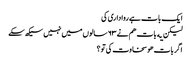
ایک بات ہے روا داری کی
لیکن یه بات هم نے ٦٣ سالوں میں نہیں سیکھ سکے
اگر بات هو سخاوت کی تو ؟